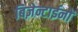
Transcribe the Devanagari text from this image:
बिज़ेन्टाईनों